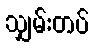
သျှမ်းတပ်